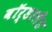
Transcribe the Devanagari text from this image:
बॉर्डरलैंड